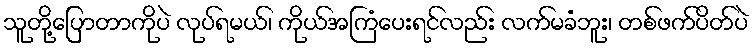
သူတို့ပြောတာကိုပဲ လုပ်ရမယ်၊ ကိုယ်အကြံပေးရင်လည်း လက်မခံဘူး၊ တစ်ဖက်ပိတ်ပဲ